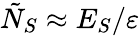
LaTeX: \tilde{N}_{S}\approx E_{S}/\varepsilon